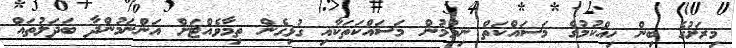
މިރަށުގެ ބިން ހިއްކުމުގެ މަސައްކަތް ނިމުމުން މަސައްކަތަކާއި ގުޅިގެން ތިމާވެއްޓަށް އަންނަމުންދާ ބަދަލުތައް